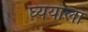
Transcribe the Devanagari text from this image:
घ्ययाला